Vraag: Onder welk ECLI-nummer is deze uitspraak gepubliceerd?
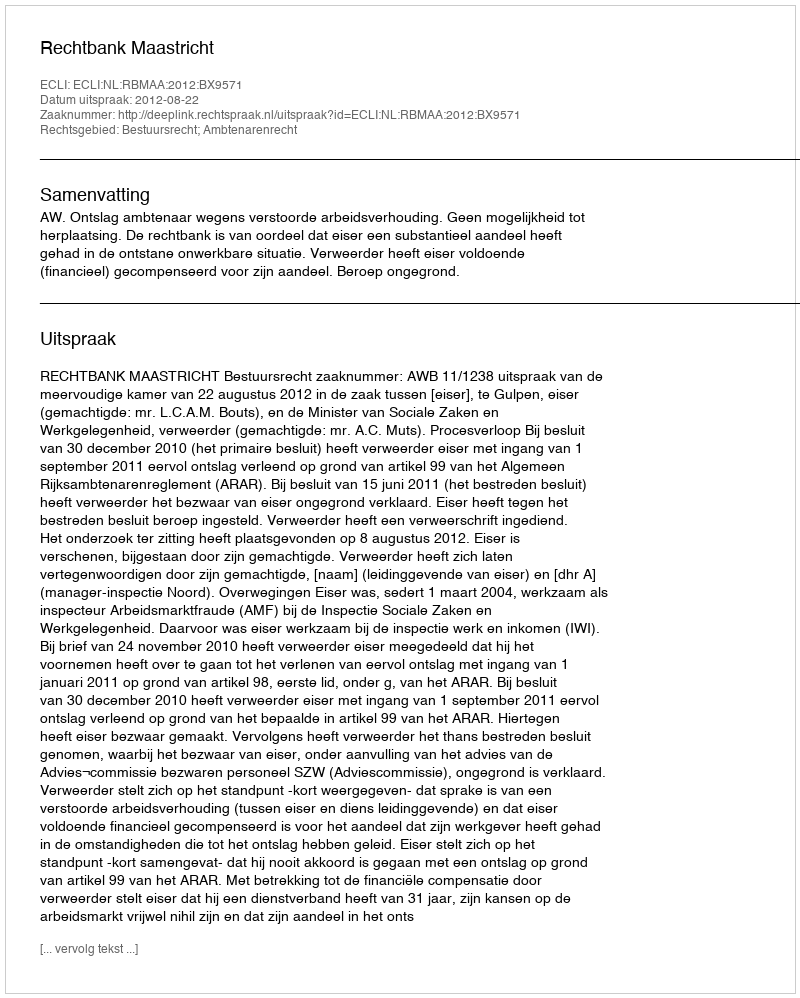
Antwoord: ECLI:NL:RBMAA:2012:BX9571